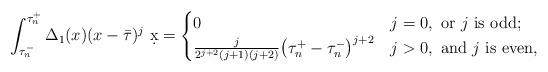
LaTeX: \begin{align*}\int_{\tau_n^-}^{\tau_n^+} \Delta_1(x)(x-\bar{\tau})^j\ \d{x}=\begin{cases}0 & j=0, \textrm { or } j\textrm{ is odd};\\\frac{j}{2^{j+2}(j+1)(j+2)}\big(\tau_n^+-\tau_n^-\big)^{j+2} & j>0, \textrm{ and }j \textrm{ is even},\\\end{cases}\end{align*}